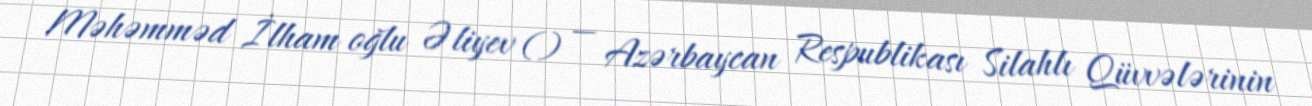
Məhəmməd İlham oğlu Əliyev () — Azərbaycan Respublikası Silahlı Qüvvələrinin